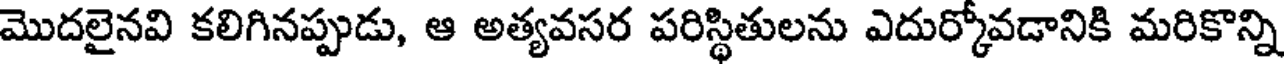
మొదలైనవి కలిగినప్పుడు, ఆ అత్యవసర పరిస్థితులను ఎదుర్కోవడానికి మరికొన్ని